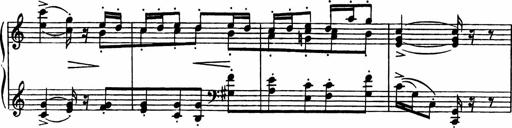
Title: Sonatilla
Composer: Mortimer Wilson
Key: C major